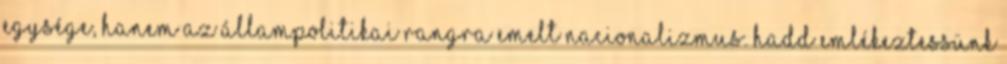
egysége, hanem az állampolitikai rangra emelt nacionalizmus. Hadd emlékeztessünk